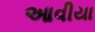
આવીયા